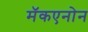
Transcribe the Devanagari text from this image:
मॅकएनोन